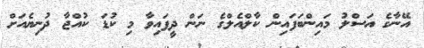
އޭނާގެ އަސްލު މައިންބަފައިން ކާލްއެލްގެ ނަން ދީފައިވާ މި ކުޑަ ކުއްޖާ ދުނިޔެއަށް